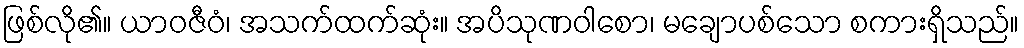
ဖြစ်လို၏။ ယာဝဇီဝံ၊ အသက်ထက်ဆုံး။ အပိသုဏဝါစော၊ မချောပစ်သော စကားရှိသည်။